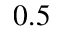
0 . 5